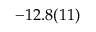
- 1 2 . 8 ( 1 1 )